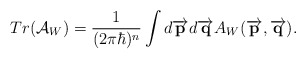
\begin{align*}Tr( \mathcal{A}_W) = {1\over (2 \pi \hbar)^n} \int d\overrightarrow{{\bf p}} d \overrightarrow{{\bf q}} A_W (\overrightarrow{{\bf p}},\overrightarrow{{\bf q}}).\end{align*}